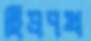
ছিদ্রপথ